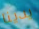
يدينا